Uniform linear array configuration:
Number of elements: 4
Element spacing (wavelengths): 0.5
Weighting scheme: cosine
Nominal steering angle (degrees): -45
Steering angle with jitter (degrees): -43.291
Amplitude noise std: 0.05
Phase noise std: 0.05

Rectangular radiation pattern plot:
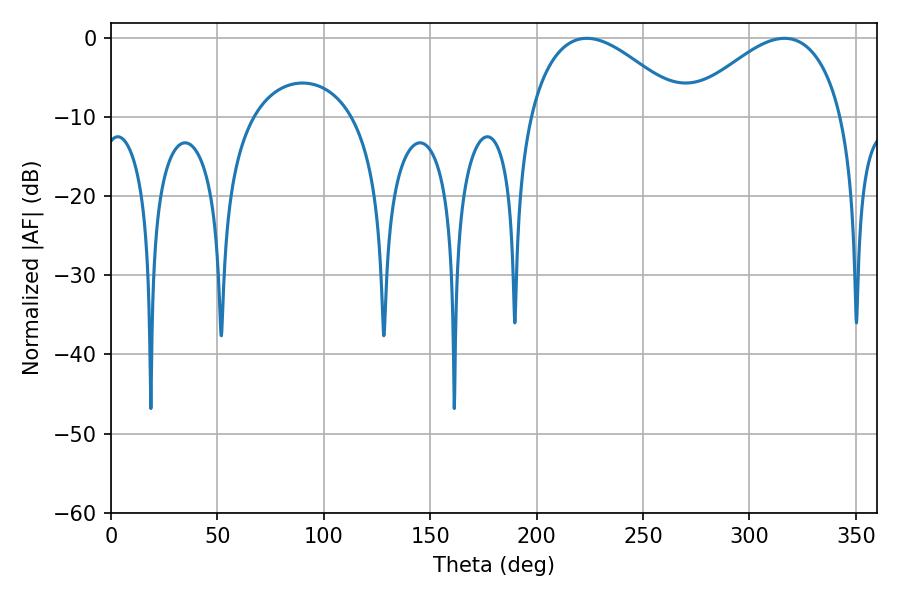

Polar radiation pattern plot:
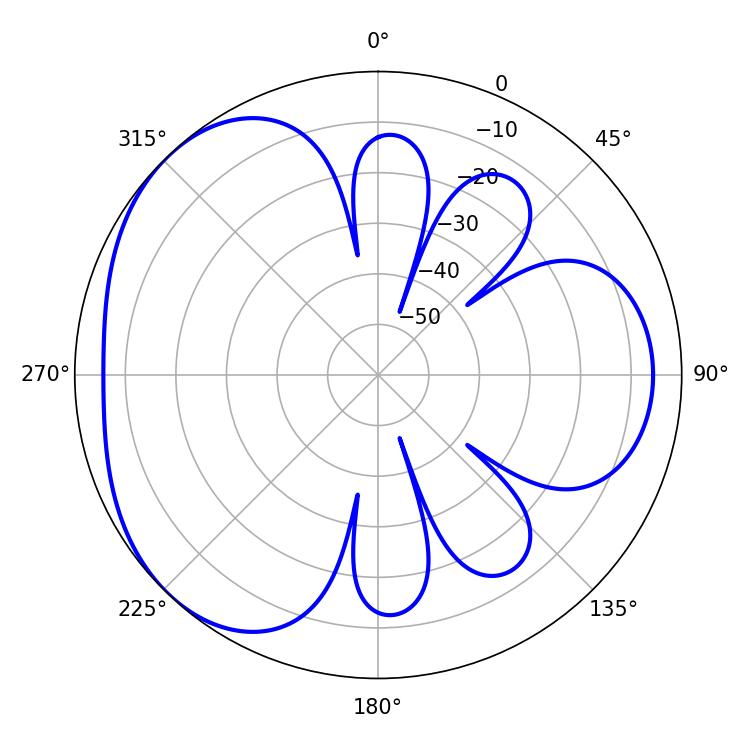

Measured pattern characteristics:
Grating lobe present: FALSE
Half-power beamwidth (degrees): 40.14
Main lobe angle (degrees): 223.56